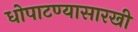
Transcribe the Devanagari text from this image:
धोपाटण्यासारखी